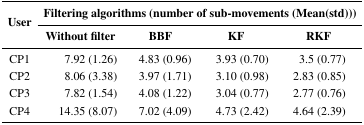
| <ROWSPAN=2> User | <COLSPAN=4> Filtering algorithms (number of sub-movements (Mean(std))) |
 | Without filter | BBF | KF | RKF |
 | --- | --- | --- | --- | --- |
 | CP1 | 7.92 (1.26) | 4.83 (0.96) | 3.93 (0.70) | 3.5 (0.77) |
 | CP2 | 8.06 (3.38) | 3.97 (1.71) | 3.10 (0.98) | 2.83 (0.85) |
 | CP3 | 7.82 (1.54) | 4.08 (1.22) | 3.04 (0.77) | 2.77 (0.76) |
 | CP4 | 14.35 (8.07) | 7.02 (4.09) | 4.73 (2.42) | 4.64 (2.39) |